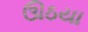
ઊઠયા